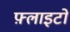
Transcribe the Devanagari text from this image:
फ़्लाइटों